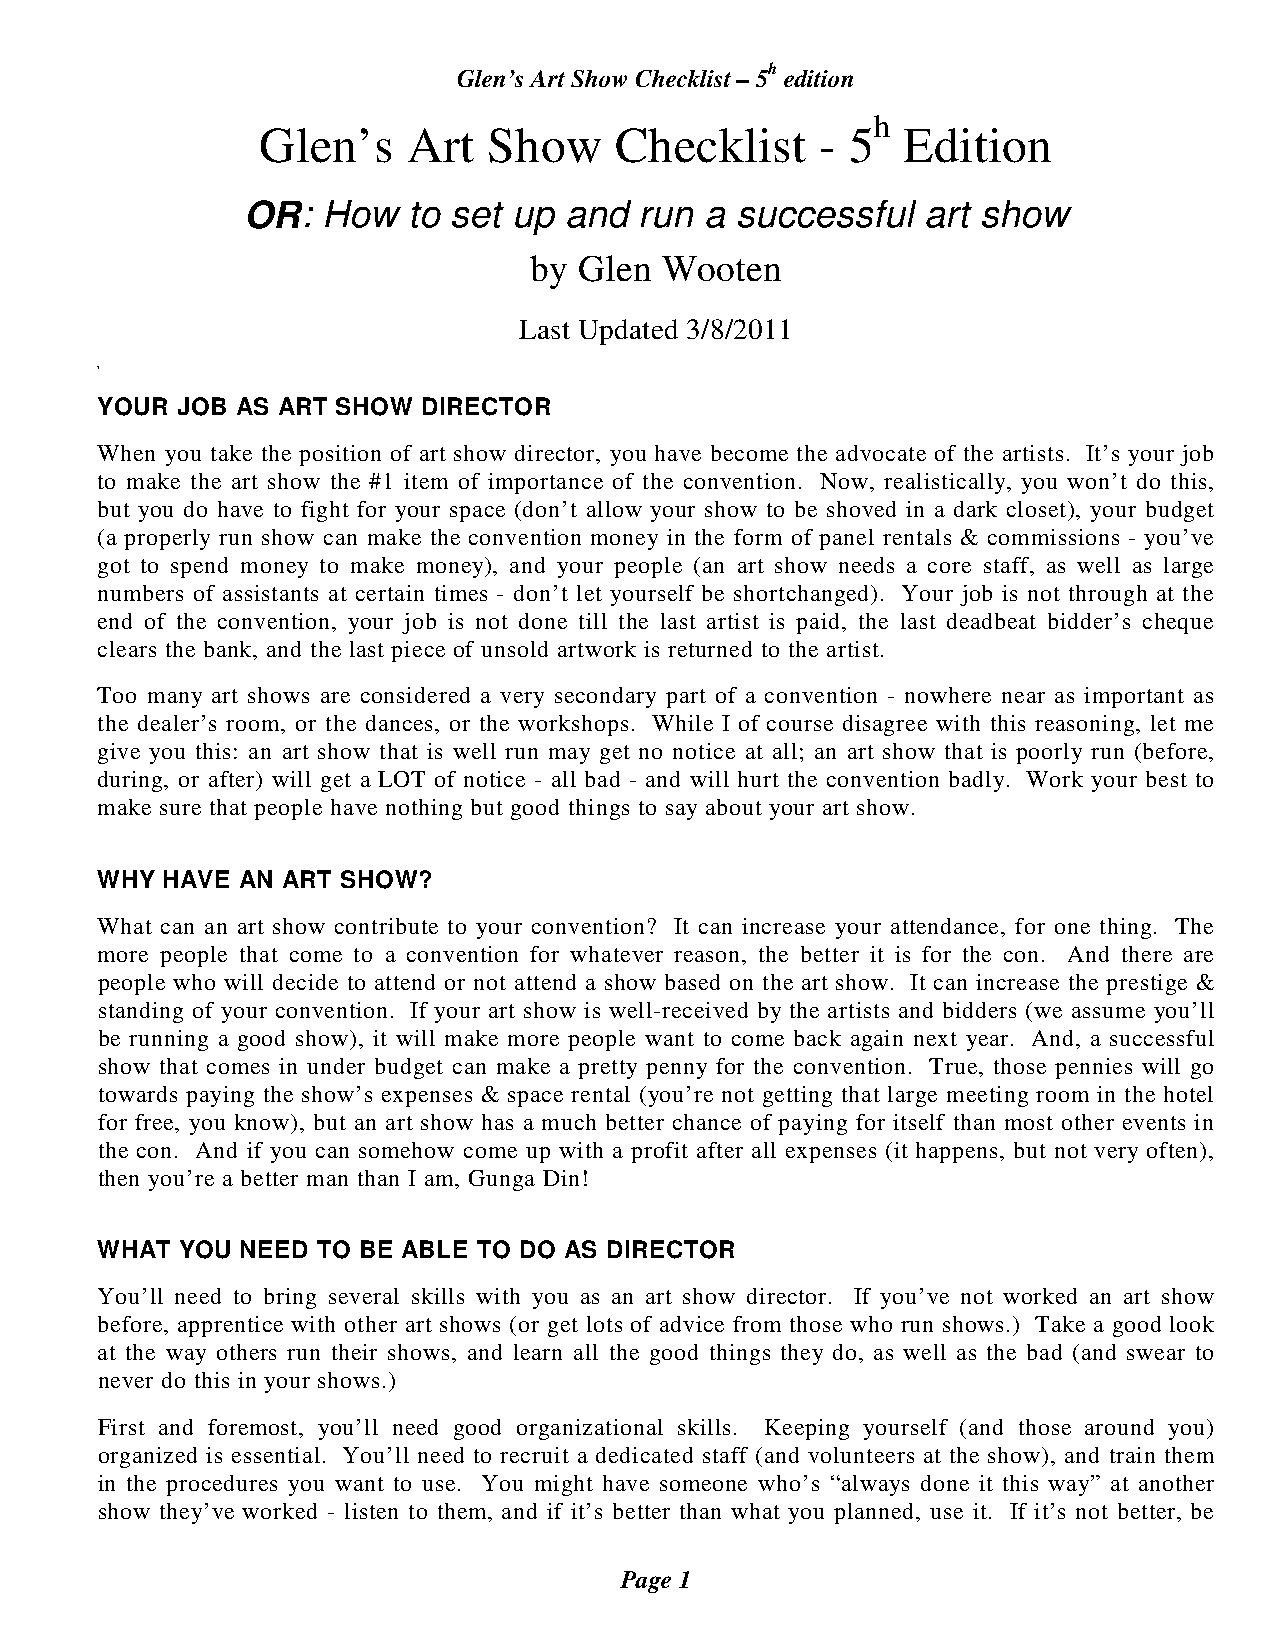
Glen’s Art Show Checklist – 5h edition
 h
 Glen’s    Art  Show     Checklist    - 5   Edition
 OR:  How   to set up and  run  a successful  art show
 by Glen  Wooten
 Last Updated 3/8/2011
 1
 YOUR  JOB AS ART SHOW DIRECTOR
 When you take the position of art show director, you have become the advocate of the artists. It’s your job
 to make the art show the #1 item of importance of the convention. Now, realistically, you won’t do this,
 but you do have to fight for your space (don’t allow your show to be shoved in a dark closet), your budget
 (a properly run show can make the convention money in the form of panel rentals & commissions - you’ve
 got to spend money to make money), and your people (an art show needs a core staff, as well as large
 numbers of assistants at certain times - don’t let yourself be shortchanged). Your job is not through at the
 end of the convention, your job is not done till the last artist is paid, the last deadbeat bidder’s cheque
 clears the bank, and the last piece of unsold artwork is returned to the artist.
 Too many art shows are considered a very secondary part of a convention - nowhere near as important as
 the dealer’s room, or the dances, or the workshops. While I of course disagree with this reasoning, let me
 give you this: an art show that is well run may get no notice at all; an art show that is poorly run (before,
 during, or after) will get a LOT of notice - all bad - and will hurt the convention badly. Work your best to
 make sure that people have nothing but good things to say about your art show.
 WHY  HAVE AN ART SHOW?
 What can an art show contribute to your convention? It can increase your attendance, for one thing. The
 more people that come to a convention for whatever reason, the better it is for the con. And there are
 people who will decide to attend or not attend a show based on the art show. It can increase the prestige &
 standing of your convention. If your art show is well-received by the artists and bidders (we assume you’ll
 be running a good show), it will make more people want to come back again next year. And, a successful
 show that comes in under budget can make a pretty penny for the convention. True, those pennies will go
 towards paying the show’s expenses & space rental (you’re not getting that large meeting room in the hotel
 for free, you know), but an art show has a much better chance of paying for itself than most other events in
 the con. And if you can somehow come up with a profit after all expenses (it happens, but not very often),
 then you’re a better man than I am, Gunga Din!
 WHAT  YOU NEED TO BE ABLE TO DO AS DIRECTOR
 You’ll need to bring several skills with you as an art show director. If you’ve not worked an art show
 before, apprentice with other art shows (or get lots of advice from those who run shows.) Take a good look
 at the way others run their shows, and learn all the good things they do, as well as the bad (and swear to
 never do this in your shows.)
 First and foremost, you’ll need good organizational skills. Keeping yourself (and those around you)
 organized is essential. You’ll need to recruit a dedicated staff (and volunteers at the show), and train them
 in the procedures you want to use. You might have someone who’s “always done it this way” at another
 show they’ve worked - listen to them, and if it’s better than what you planned, use it. If it’s not better, be
 Page 1